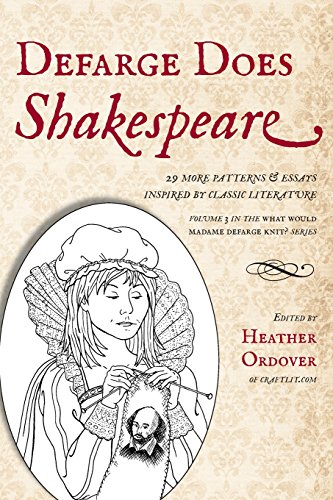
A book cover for Defarge Does Shakespeare; Literature & Fiction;